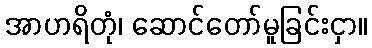
အာဟရိတုံ၊ ဆောင်တော်မူခြင်းငှာ။